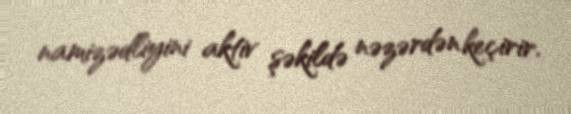
namizədliyini aktiv şəkildə nəzərdən keçirir.